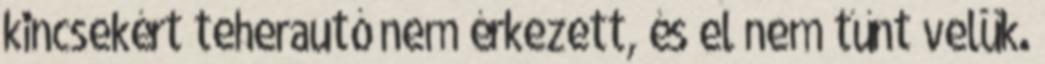
kincsekért teherautó nem érkezett, és el nem tűnt velük.